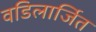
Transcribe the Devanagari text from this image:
वडिलार्जित